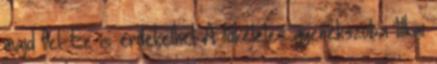
majd fel. Ez is érdekelhet A tökéletes gyerekszoba titkai